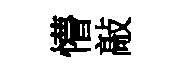
懵敲